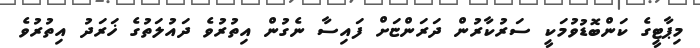
މިޕާޓީގެ ކަންބޮޑުވުމަކީ ސަރުކާރުން ދަރަންޏަށް ފައިސާ ނެގުން އިތުރުވެ ދައުލަތުގެ ޚަރަދު އިތުރުވެ